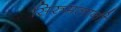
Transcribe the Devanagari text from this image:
सिरुमलानी